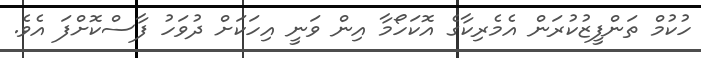
ހުކުމް ތަންފީޒުކުރަން އެމެރިކާގެ އޮކަހޯމާ އިން ވަނީ އިހަކަށް ދުވަހު ފާސްކޮށްފަ އެވެ.